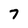
Character: 7